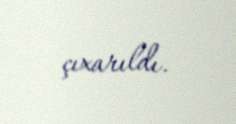
çıxarıldı.